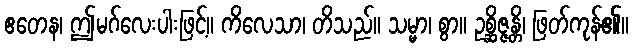
ဧတေန၊ ဤမဂ်လေးပါးဖြင့်။ ကိလေသာ၊ တိသည်။ သမ္မာ၊ စွာ။ ဥစ္ဆိဇ္ဇန္တိ၊ ဖြတ်ကုန်၏။